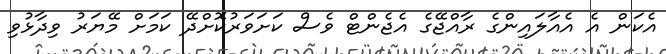
އެކަން އެ އެއާލައިންގެ ރާއްޖޭގެ އެޖެންޓް ވެސް ކަށަވަރުކޮށްދޭ ކަމަށް މޭޔަރު ވިދާޅުވި